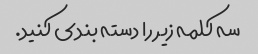
سه کلمه زیر را دسته بندی کنید.